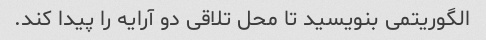
الگوریتمی بنویسید تا محل تلاقی دو آرایه را پیدا کند.